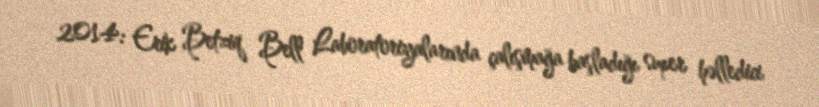
2014: Erik Betziq Bell Laboratoriyalarında çalışmağa başladığı super həlledici